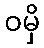
ဝမှိ